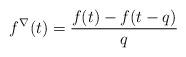
LaTeX: \begin{align*} f^\nabla (t) =\frac{ f(t) - f(t-q)}{q}\end{align*}